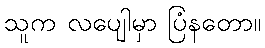
သူက လပျေါမှာ ပြံနတော။